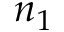
n _ { 1 }